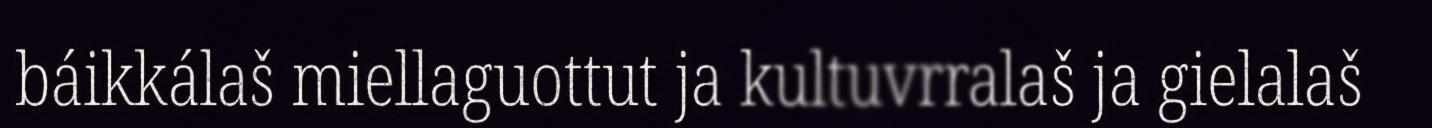
báikkálaš miellaguottut ja kultuvrralaš ja gielalaš